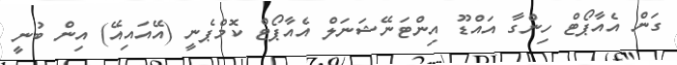
ގަން އެއާޕޯޓް ހިންގާ އައްޑޫ އިންޓަނޭޝަނަލް އެއާޕޯޓް ކޮމްޕެނީ (އޭއައިއޭ) އިން ބުނީ